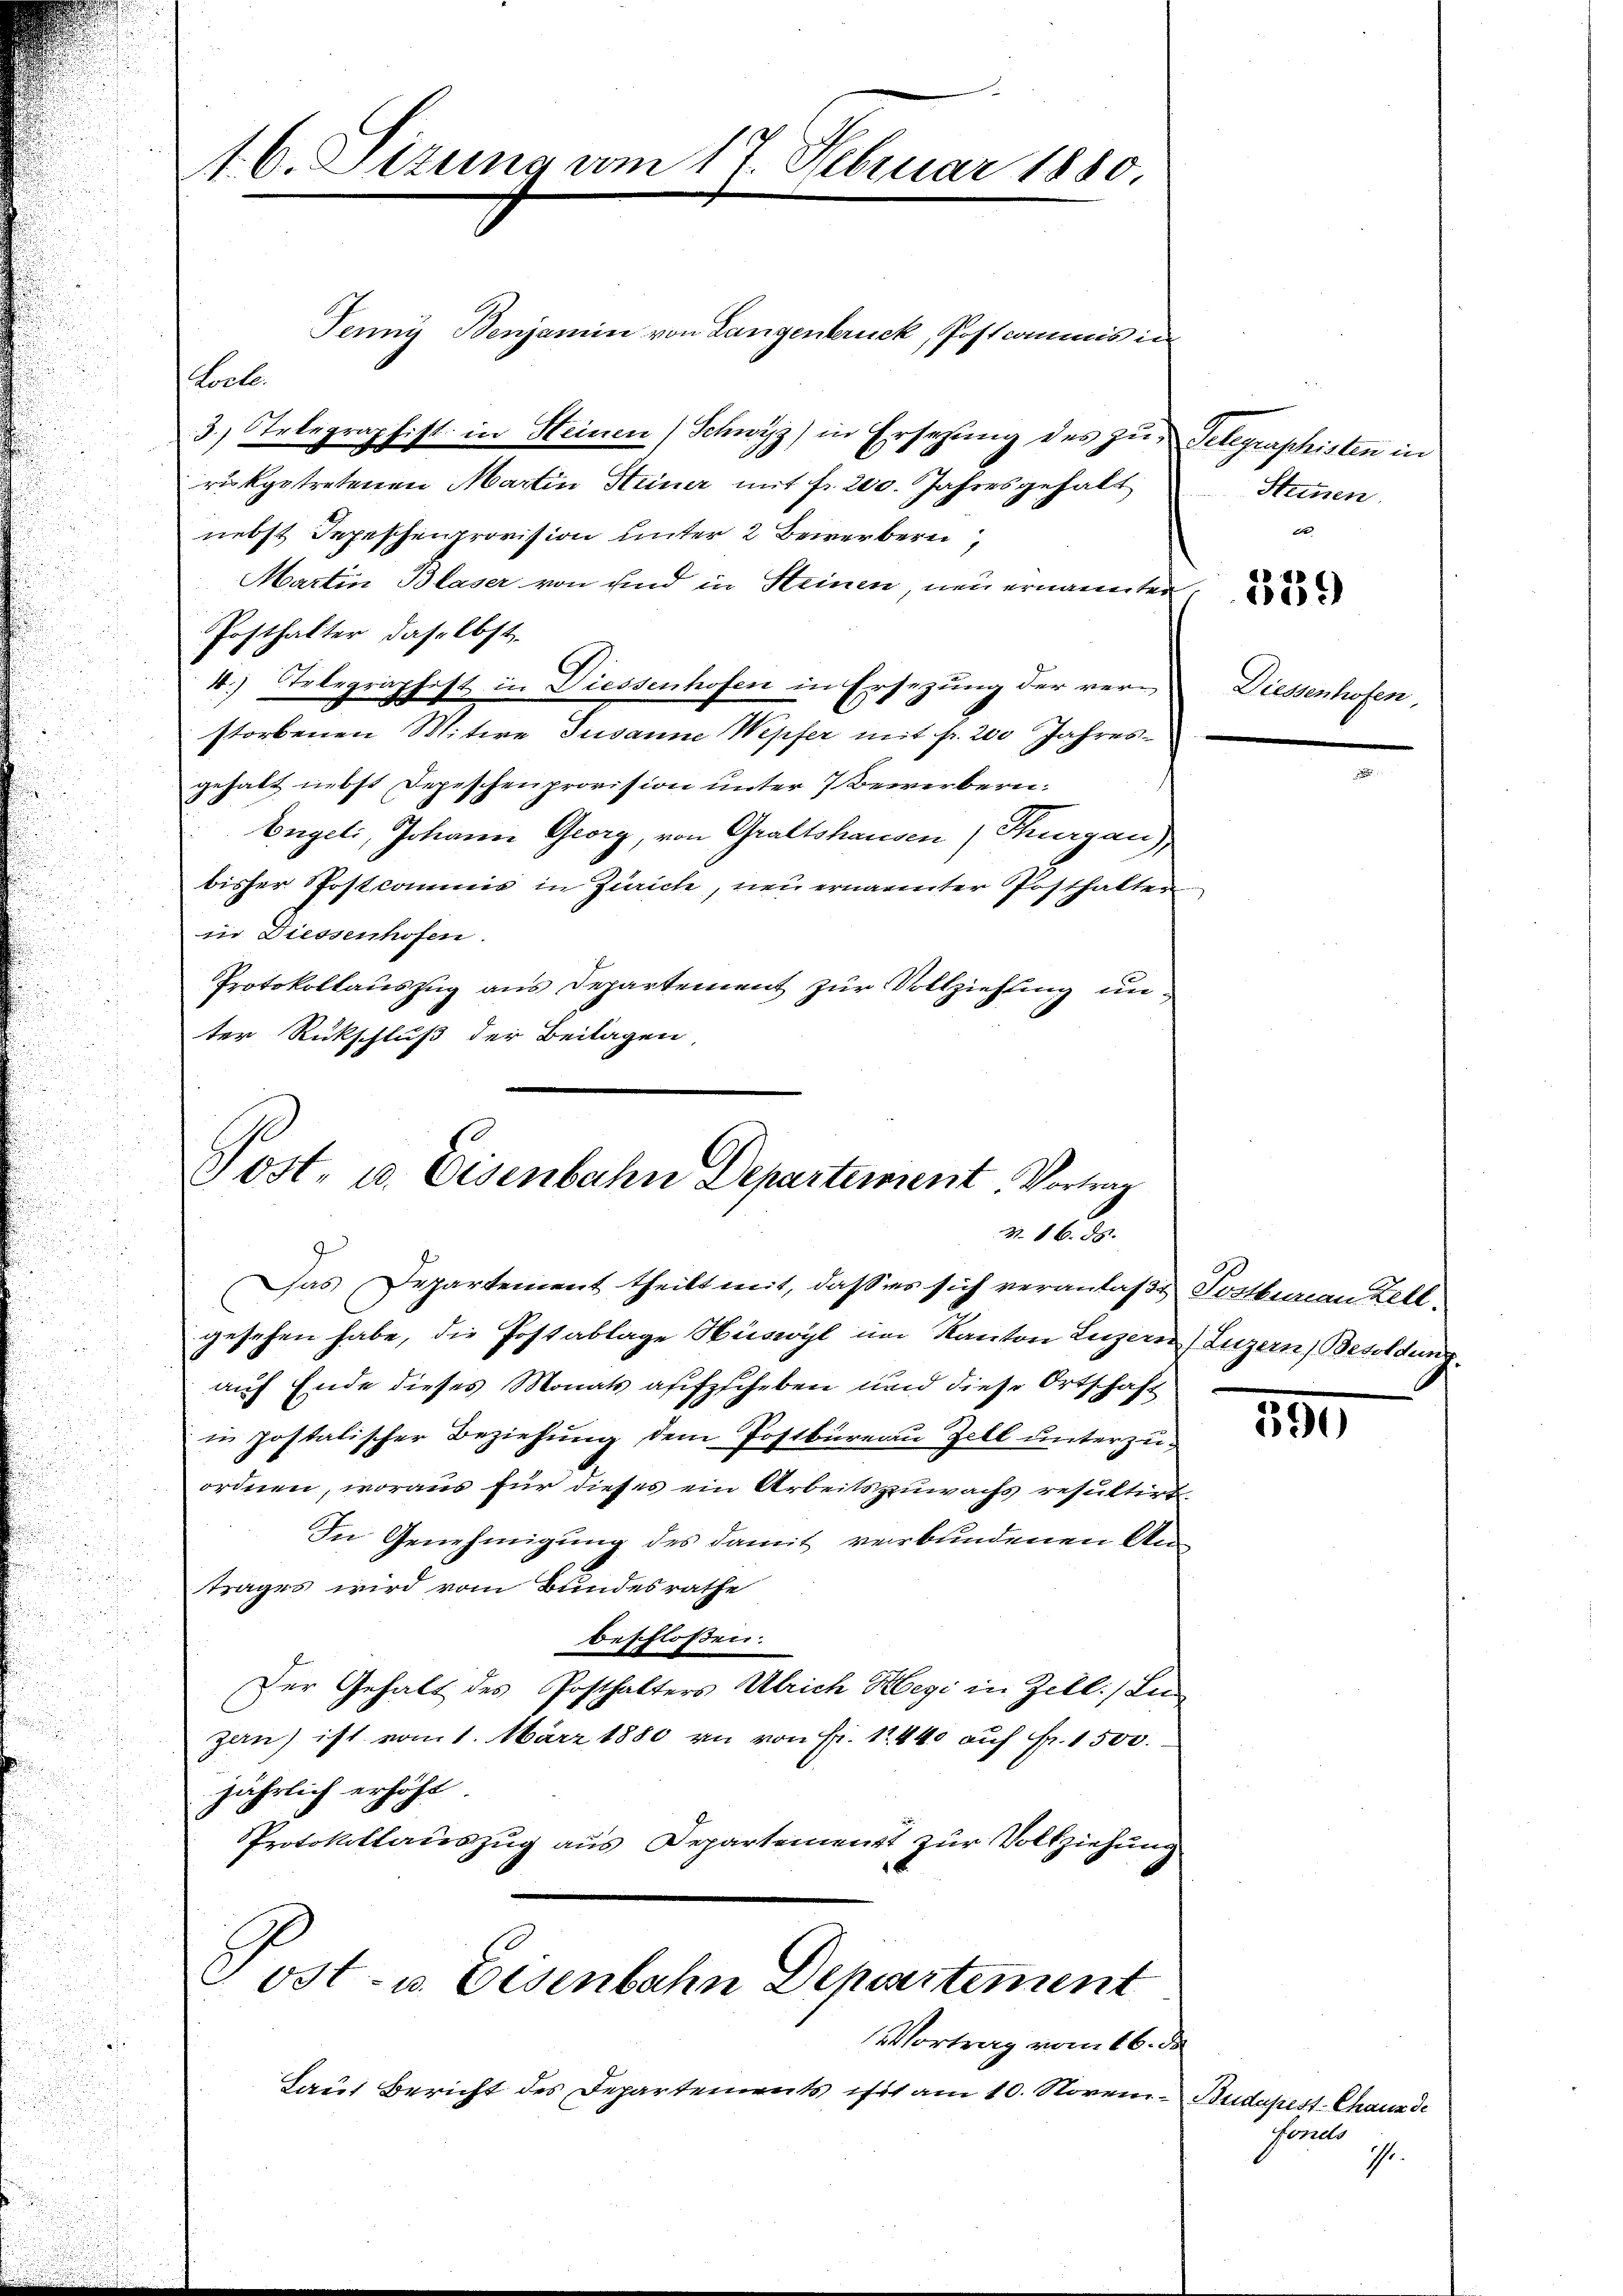
.

1. 6. Sizung vom 17. Februar 1880.

Jenny Benjamin von Langenbruck, Postcommis in
Locle
3.) Telegraphist in Heinen (Schwyz) in Ersezung des zur Telegraphisten in
rükgetretenen Martin Steiner mit fr. 200. Jahresgehalt
nebst Depeschenprovision unter 2 Bewerbern
Martin Blaser von sind in Steinen, neu ernannter
Posthalter daselbst.
4.) Telegraphist in Diessenhofen in Ersezung der verstorbenen Mitwe Susanne Wepfer mit fr. 200 Jahresgehabt, nebst Depeschenprovision unter 7 Bewerbern:
Engeli, Johann Georg, von Graftshausen (Thurgau),
bisher Postcommis in Zürich, neu ernannter Posthalter
in Diessenhofen.
Protokollauszug aus Departement zur Vollziehung un
ter Rückschluß der Beilagen,

Post- u. Eisenbahn Departement. Vortrag
Z. 16. ds.
Das Departement theilt mit, daß es sich veranlaße Postkurian Zell

u

gesehen habe, die Postablage Hüswyl im Kanton Luzern (Luzern, Besoldung.
i
auf Ende dieses Monats aufzscheben und diese Ortschaft

in postatischer Beziehung dem Postbureau Zell unterzuordnen, woraus für dieses ein Arbeitszewachs resultirt.
In Genehmigung des damit verbundenen An¬
u
trages wird vom Bundesrathe
beschlossen:
Der Gehalt des Posthalters Ulrich Hegi in Zell. In
zan) ist vom 1. März 1880 an von Fr. 12440 auf Fr. 1500.
jährlich erhöht
Protokollauszug aus Departement zur Vollziehung
Post- u. Eisenbahn Departement
Vortrag vom 16. de
Laut Bericht des Departements ist am 10. Novem- Budapest. Chaux de

Steinen.
e

1339

Diessenhofen,

550

Forels
.